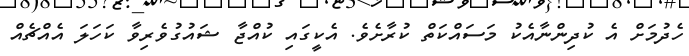
ހެދުމަށް އެ ކުދިންނާއެކު މަސައްކަތް ކުރާށެވެ. އެކީގައި ކުއްޖާ ޝައުގުވެރިވާ ކަހަލަ އެއްޗެއް